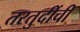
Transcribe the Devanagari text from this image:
तरतुदींची